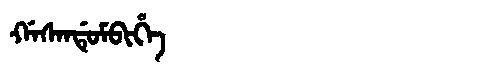
Manchu: ᡤᠠᠰᠠᠨᡩᡠᠮᠪᡳᡥᡝ
Romanization: GASANDUMBIHE